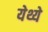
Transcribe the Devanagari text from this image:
येथ्ये